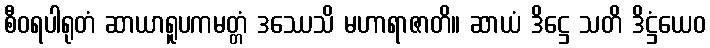
စီဝရပါရုတံ ဆာယာရူပကမတ္တံ ဒဿေသိ မဟာရာဇာတိ။ ဆာယံ ဒိဋ္ဌေ သတိ ဒိဋ္ဌံယေဝ